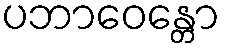
ပဘာဝေန္တော